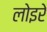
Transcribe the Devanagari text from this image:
लोइरे